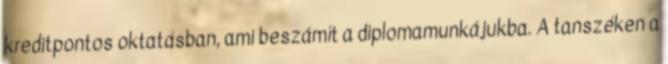
kreditpontos oktatásban, ami beszámít a diplomamunkájukba. A tanszéken a